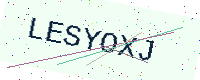
Text: LESYOXJ